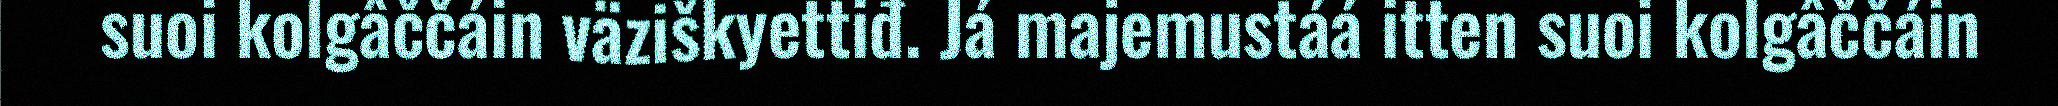
suoi kolgâččáin väziškyettiđ. Já majemustáá itten suoi kolgâččáin